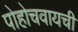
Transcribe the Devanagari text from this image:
पोहोचवायची